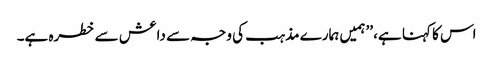
اس کا کہنا ہے، ’’ہمیں ہمارے مذہب کی وجہ سے داعش سے خطرہ ہے۔